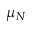
\mu _ { N }